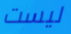
ليست